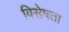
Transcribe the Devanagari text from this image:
विसेषता